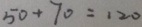
5 0 + 7 0 = 1 2 0